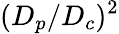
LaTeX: (D_{p}/D_{c})^{2}